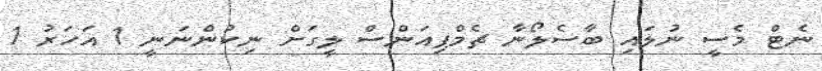
ނެޓް މެސީ ނުލައި ބާސެލޯނާ ޗެމްޕިއަންސް ލީގަށް ނިކުންނަނީ 1 އަހަރު 1